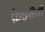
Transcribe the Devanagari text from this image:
फ़ेडरीची